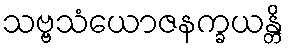
သဗ္ဗသံယောဇနက္ခယန္တိ